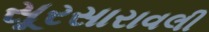
સૂરસારાવલી